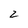
Character: 2